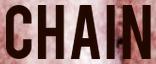
CHAIN